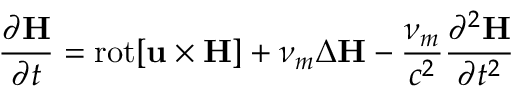
\frac { \partial { \bf H } } { \partial t } = \mathrm { r o t } { \bf [ u \times H ] } + \nu _ { m } \Delta { \bf H } - \frac { \nu _ { m } } { c ^ { 2 } } \frac { \partial ^ { 2 } { \bf H } } { \partial t ^ { 2 } }